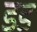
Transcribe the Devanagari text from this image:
डड